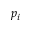
p _ { i }